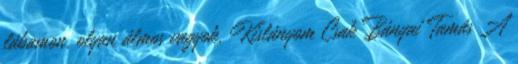
lábamon, olyan álmos vagyok. Kislányom Csak Bányai Tamás A